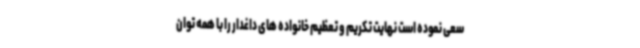
سعی نموده است نهایت تکریم و تعظیم خانواده های داغدار را با همه توان